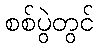
စစ်ပွဲတွင်